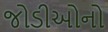
જોડીઓનો